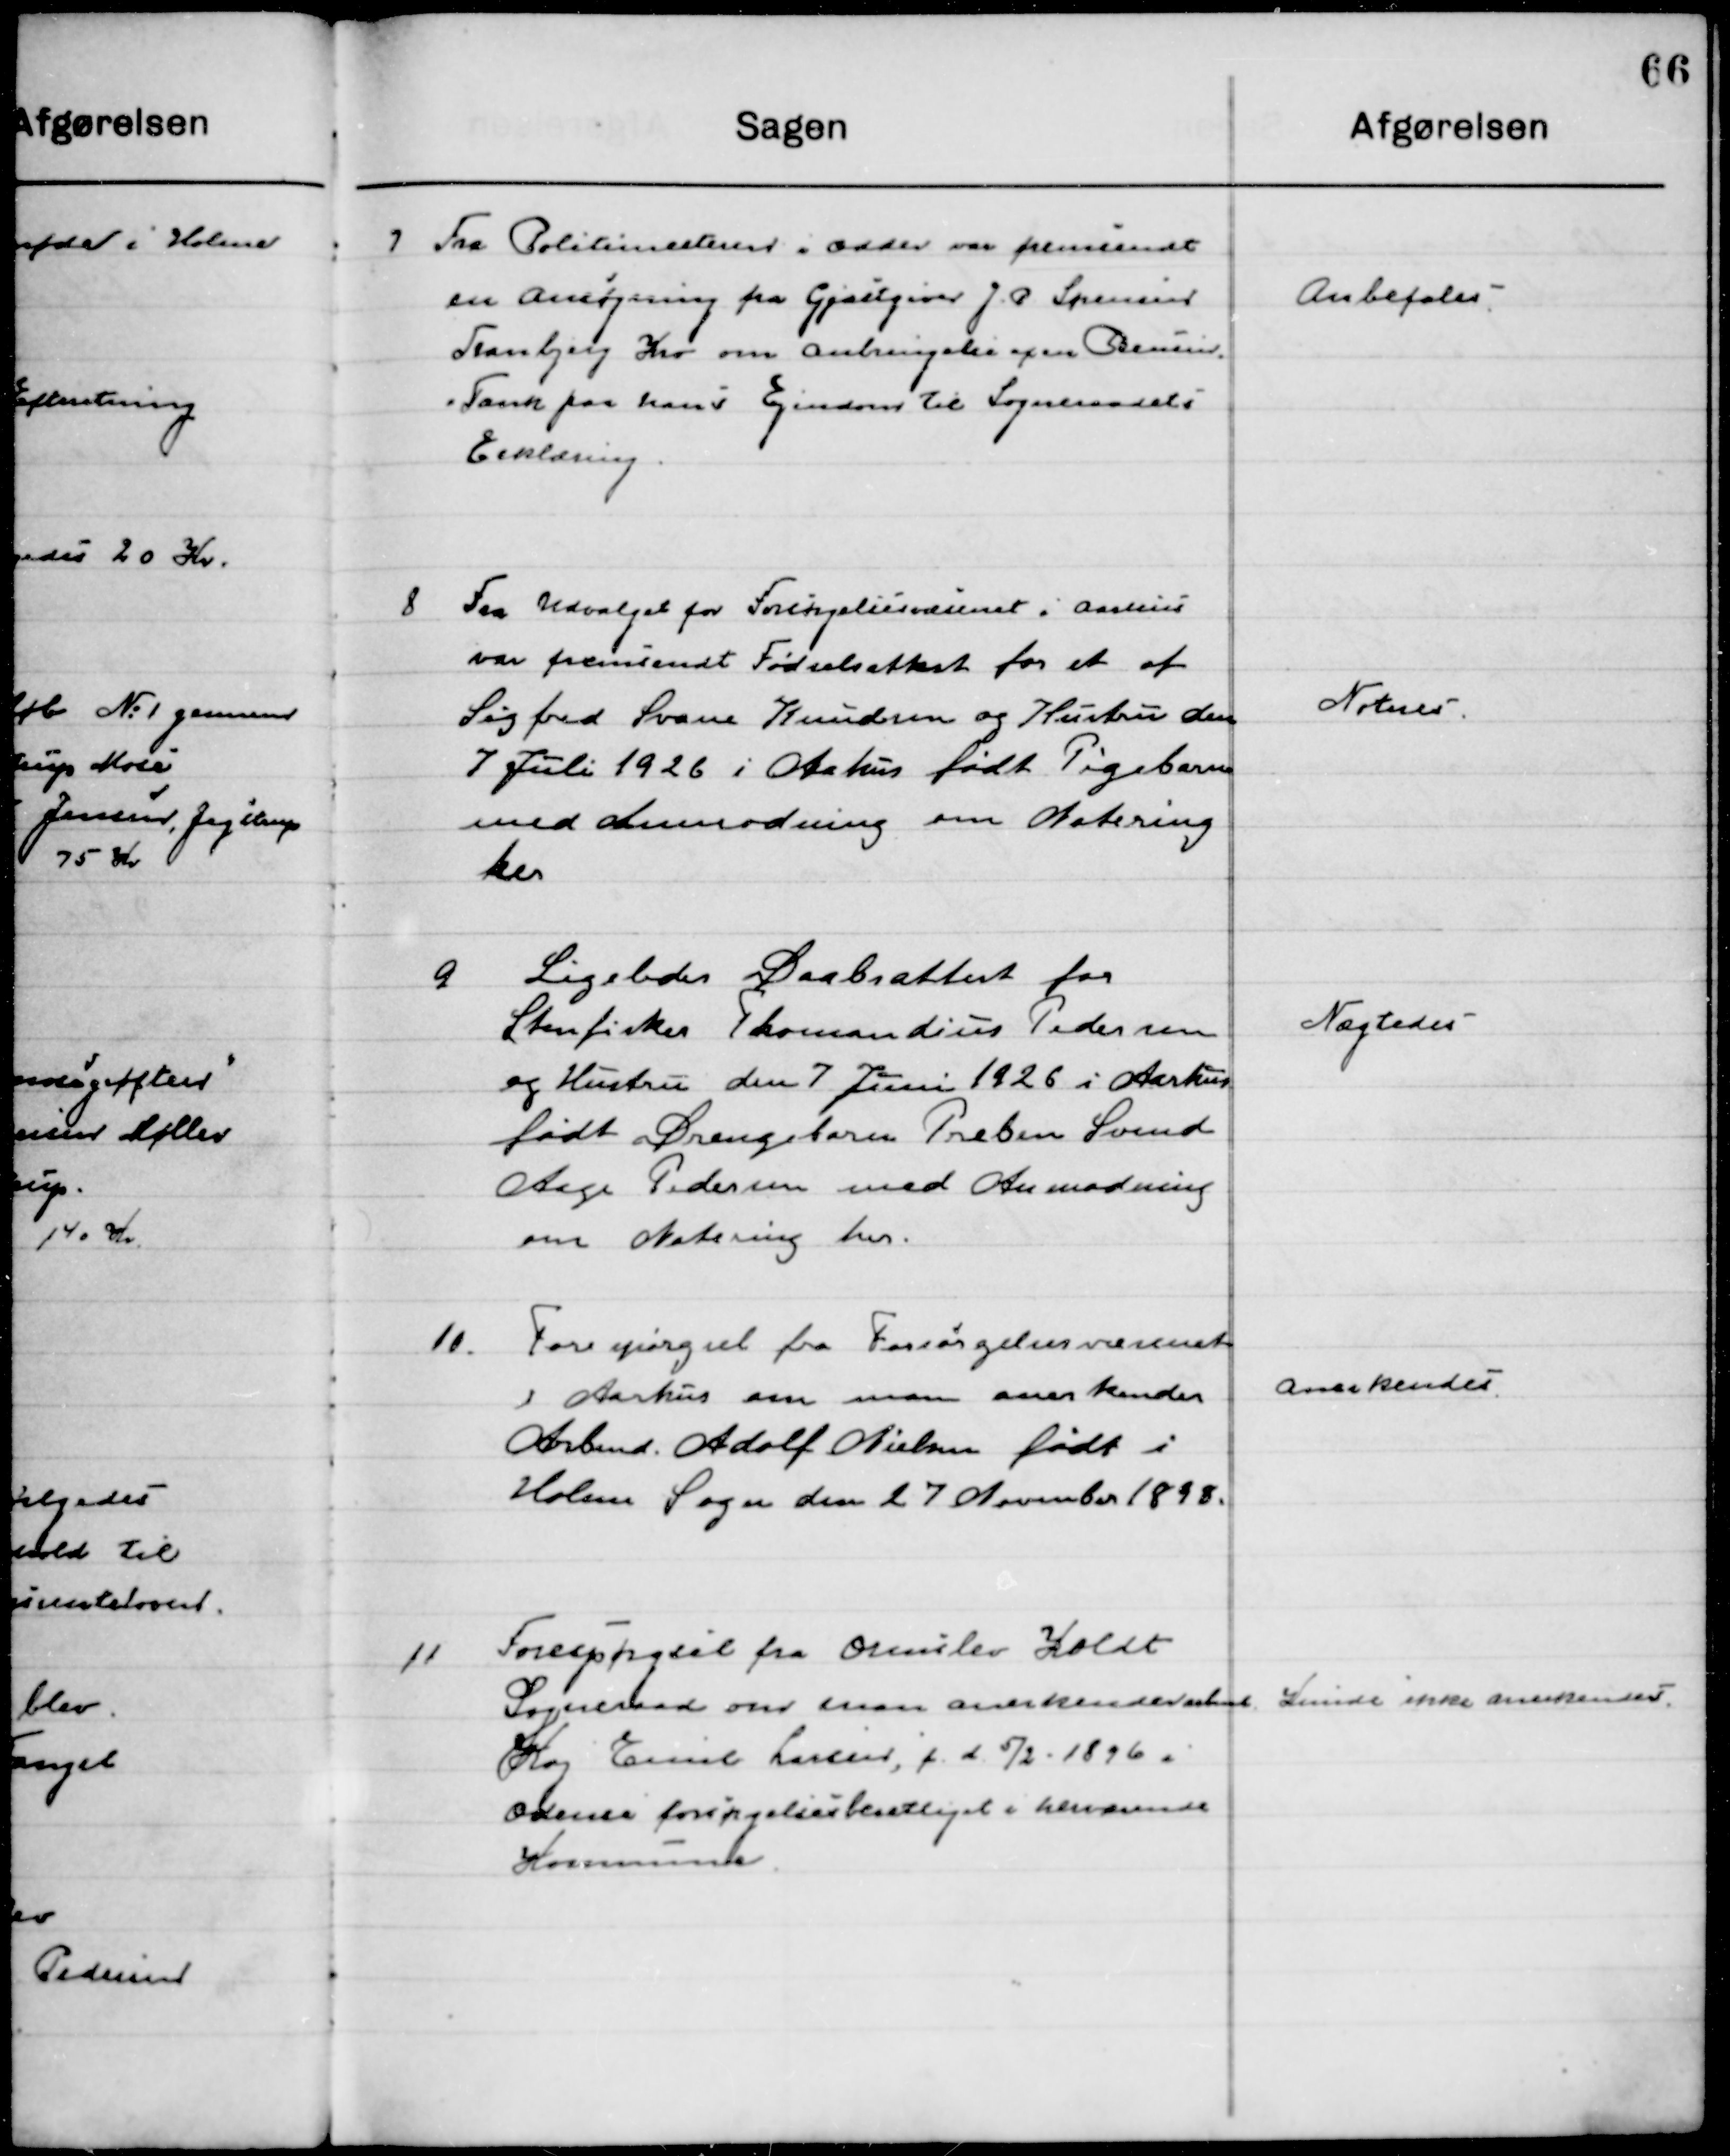
Transskription:
7

Fra Politimesteren i Odder var fremsendt
en Ansøgning fra Gæstgiver J. P. Sørensen
Tranbjerg Kro om anbringelse af en Benzin-
tank paa hans Ejendom til Sogneraadets 
Erklæring

Anbefales

8

Fra Udvalget for Forsørgelsesvæsenet i Aarhus
var fremsendt Fødselsattest for et af
Sigfred Svane Knudsen og Hustru den
7 Juli 1926 i Aarhus født Pigebarn
med Anmodning om Notering
her

Noteres

9

Ligeledes Daabsattest for
Stenfisker Thomandius Pedersen
og Hustru den 7 Juni 1926 i Aarhus 
født Drengebarn Preben Svend
Aage Pedersen med Anmodning 
om Notering her

Nægtedes

10

Forespørgsels fra Forsørgelsesvæsenet
i Aarhus om man Anerkender
Arbmd. Adolf Nielsen født i 
Holme Sogn den 27 November 1898.

Anerkendes

11

Forespørgsels fra Ormslev Koldt
Sogneraad om man Anerkender Arbmd.
Kaj Emil Larsen, f. d. 5/2 – 1896 i 
Odder forsørgelsesberettiget i herværende
Kommune.

Kunde ikke anerkendes